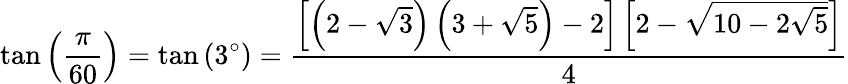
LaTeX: \tan\left({\frac{\pi}{60}}\right)=\tan\left(3^{\circ}\right)={\frac{\left[\left(2-{\sqrt{3}}\right)\left(3+{\sqrt{5}}\right)-2\right]\left[2-{\sqrt{10-2{\sqrt{5}}}}\right]}{4}}